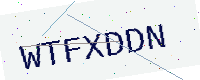
Text: WTFXDDN